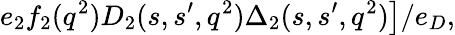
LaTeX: \left.e_{2}f_{2}(q^{2})D_{2}(s,s^{\prime},q^{2}){\Delta}_{2}(s,s^{\prime},q^{2})\right]/e_{D},